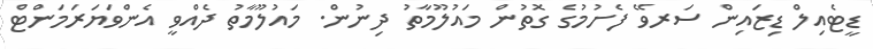
ޑީޓެއިލް ޑިޒައިން ސަރވޭ ފެށުމުގެ ގޮތުން މައުލޫމާތު ދިނުން. މައުލޫމާތު ދެއްވީ އެންވަޔަރަމަންޓް